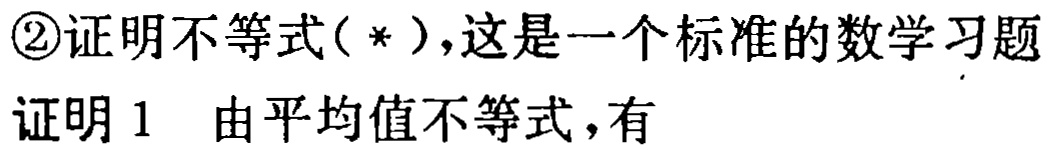
\textcircled{2}证明不等式($*$)，这是一个标准的数学习题

证明 1 由平均值不等式，有